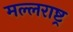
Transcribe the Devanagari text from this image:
मल्लराष्ट्र